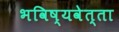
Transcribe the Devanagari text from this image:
भविष्यवेत्ता